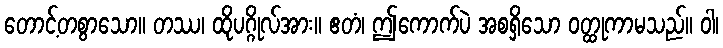
တောင့်တစွာသော။ တဿ၊ ထိုပဂ္ဂိုလ်အား။ ဧတံ၊ ဤကောက်ပဲ အစရှိသော ဝတ္ထုကာမသည်။ ဝါ၊